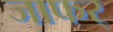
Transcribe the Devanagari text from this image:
जाफर्